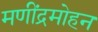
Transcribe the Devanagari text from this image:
मणींद्रमोहन